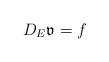
LaTeX: \begin{align*}D_{E}\mathfrak{v}=f\end{align*}